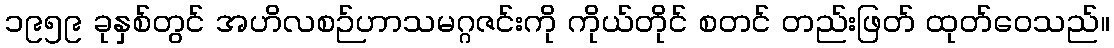
၁၉၅၉ ခုနှစ်တွင် အဟိလစဉ်ဟာသမဂ္ဂဇင်းကို ကိုယ်တိုင် စတင် တည်းဖြတ် ထုတ်ဝေသည်။